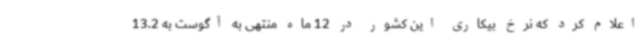
اعلام کرد که نرخ بیکاری این کشور در 12 ماه منتهی به آگوست به 13.2